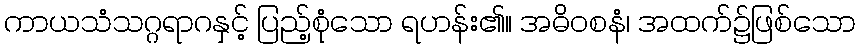
ကာယသံသဂ္ဂရာဂနှင့် ပြည့်စုံသော ရဟန်း၏။ အဓိဝစနံ၊ အထက်၌ဖြစ်သော